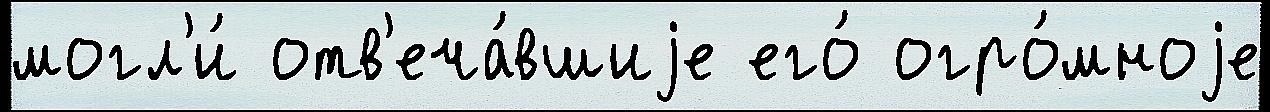
могл'и́ отв'еча́вшиjе его́ огро́мноjе